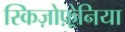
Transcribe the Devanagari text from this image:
स्किज़ोफ़्रेनिया